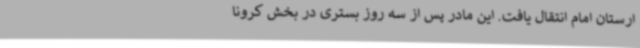
ارستان امام انتقال یافت. این مادر پس از سه روز بستری در بخش کرونا